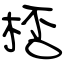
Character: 桮